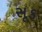
સૂક